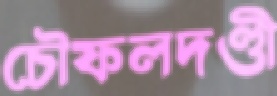
চৌফলদণ্ডী